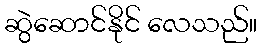
ဆွဲဆောင်နိုင် လေသည်။